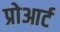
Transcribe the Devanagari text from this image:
प्रोआर्ट